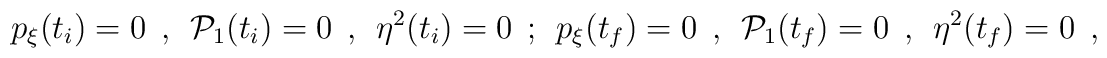
p_\xi(t_i)=0\ \ ,\ \ {\cal P}_1(t_i)=0\ \ ,\ \ \eta^2(t_i)=0\ \ ;\ \ p_\xi(t_f)=0\ \ ,\ \ {\cal P}_1(t_f)=0\ \ ,\ \ \eta^2(t_f)=0\ \ ,